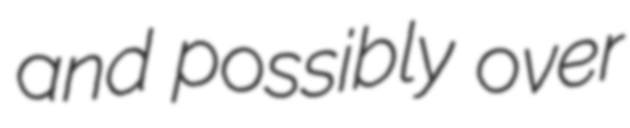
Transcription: and possibly over